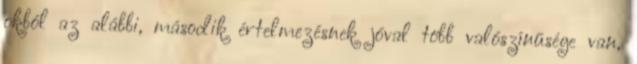
okból az alábbi, második értelmezésnek jóval több valószínűsége van,